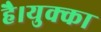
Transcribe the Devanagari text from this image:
है।युक्का